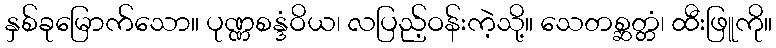
နှစ်ခုမြောက်သော။ ပုဏ္ဏစန္ဒံဝိယ၊ လပြည့်ဝန်းကဲ့သို့။ သေတစ္ဆတ္တံ၊ ထီးဖြူကို။